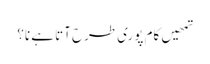
تمھیں کام پوری طرح آتا ہے نا؟